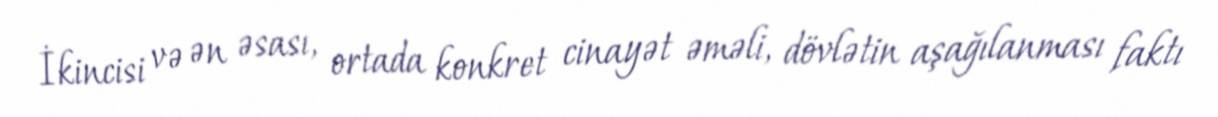
İkincisi və ən əsası, ortada konkret cinayət əməli, dövlətin aşağılanması faktı